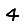
Digit: 4